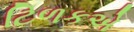
ટિળકએ